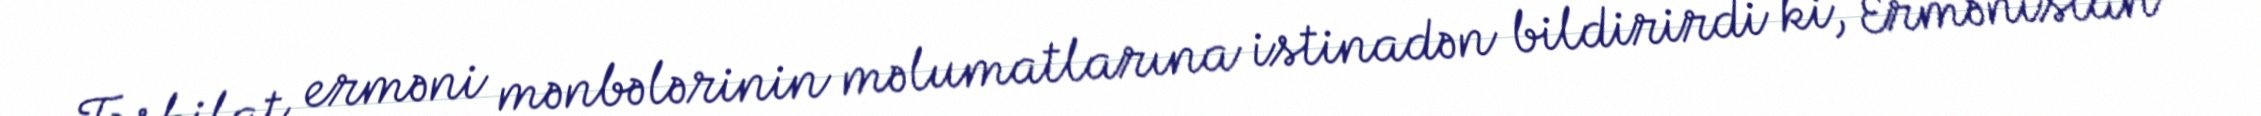
Təşkilat erməni mənbələrinin məlumatlarına istinadən bildirirdi ki, Ermənistan